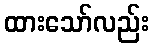
ထားသော်လည်း